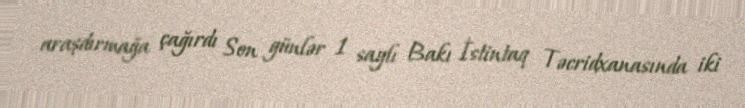
araşdırmağa çağırdı Son günlər 1 saylı Bakı İstintaq Təcridxanasında iki